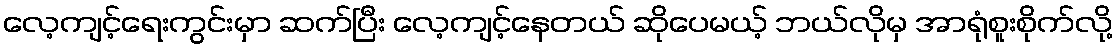
လေ့ကျင့်ရေးကွင်းမှာ ဆက်ပြီး လေ့ကျင့်နေတယ် ဆိုပေမယ့် ဘယ်လိုမှ အာရုံစူးစိုက်လို့